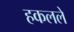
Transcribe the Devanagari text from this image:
हकलले